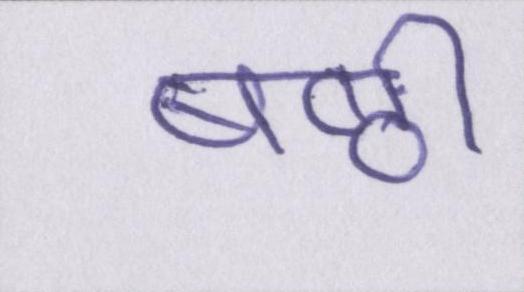
षष्ठी